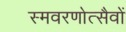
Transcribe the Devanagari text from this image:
स्मवरणोत्सैवों